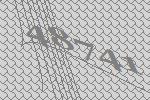
48741